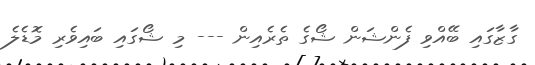
ގާޒާގައި ބޭއްވި ފެންޝަން ޝޯގެ ތެރެއިން --- މި ޝޯގައި ބައިވެރި މޮޑެލެ